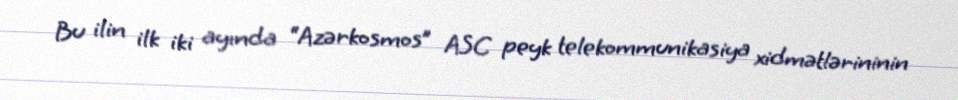
Bu ilin ilk iki ayında “Azərkosmos” ASC peyk telekommunikasiya xidmətlərininin